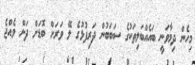
މިހެން ދިމާވަނީ ބައެއްބަލިތަކުގެ ސަބަބުން ދަރިފުޅުގެ ލޭ ވަރަށް ބޮޑަށް ދަށް ވެއްޖެ